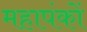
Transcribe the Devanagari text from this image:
महापंकों